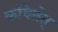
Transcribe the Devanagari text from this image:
कवितेत्